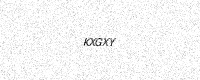
Text: KXGXY